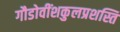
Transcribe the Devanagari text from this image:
गौडोवींशकुलप्रशस्ति